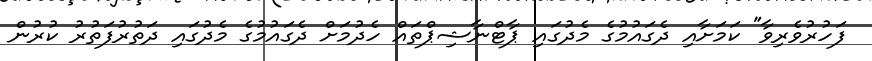
ފަހުރުވެރިވާ" ކަމަށާއި ދެގައުމުގެ މެދުގައި ޕާޓްނާޝިޕްތައް ހެދުމަށް ދެގައުމުގެ މެދުގައި ދަތުރުފަތުރު ކުރުން